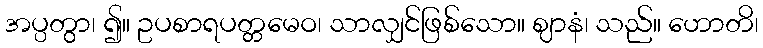
အပ္ပတွာ၊ ၍။ ဥပစာရပတ္တမေဝ၊ သာလျှင်ဖြစ်သော။ ဈာနံ၊ သည်။ ဟောတိ၊